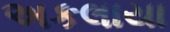
અકલાયા